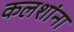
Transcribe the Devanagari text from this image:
कलशांना